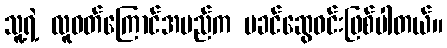
သူ့ရဲ့ လူဝတ်ကြောင်အမည်က မခင်ဆွေဝင်းဖြစ်ပါတယ်။